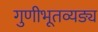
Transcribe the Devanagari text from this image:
गुणीभूतव्यङ्य